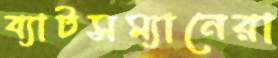
ব্যাটসম্যানেরা